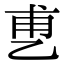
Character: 乶